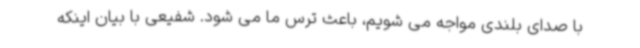
با صدای بلندی مواجه می شویم، باعث ترس ما می شود. شفیعی با بیان اینکه